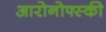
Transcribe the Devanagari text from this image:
आरोनोफ्स्की